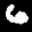
Label: 6